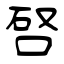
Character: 唘